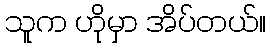
သူက ဟိုမှာ အိပ်တယ်။